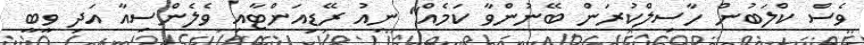
ވެސް ކްލަބުން ހާސިލްކުރަން ބޭނުންވާ ކަމެއް" ނިއު ރޭޑިއަންޓާއި ވެލެންސިއާ އަދި ވީބީ